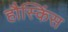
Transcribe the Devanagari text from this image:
हौस्किंस